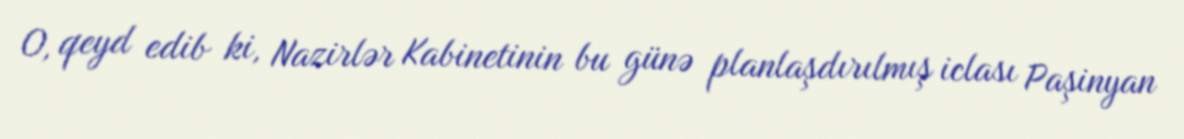
O, qeyd edib ki, Nazirlər Kabinetinin bu günə planlaşdırılmış iclası Paşinyan